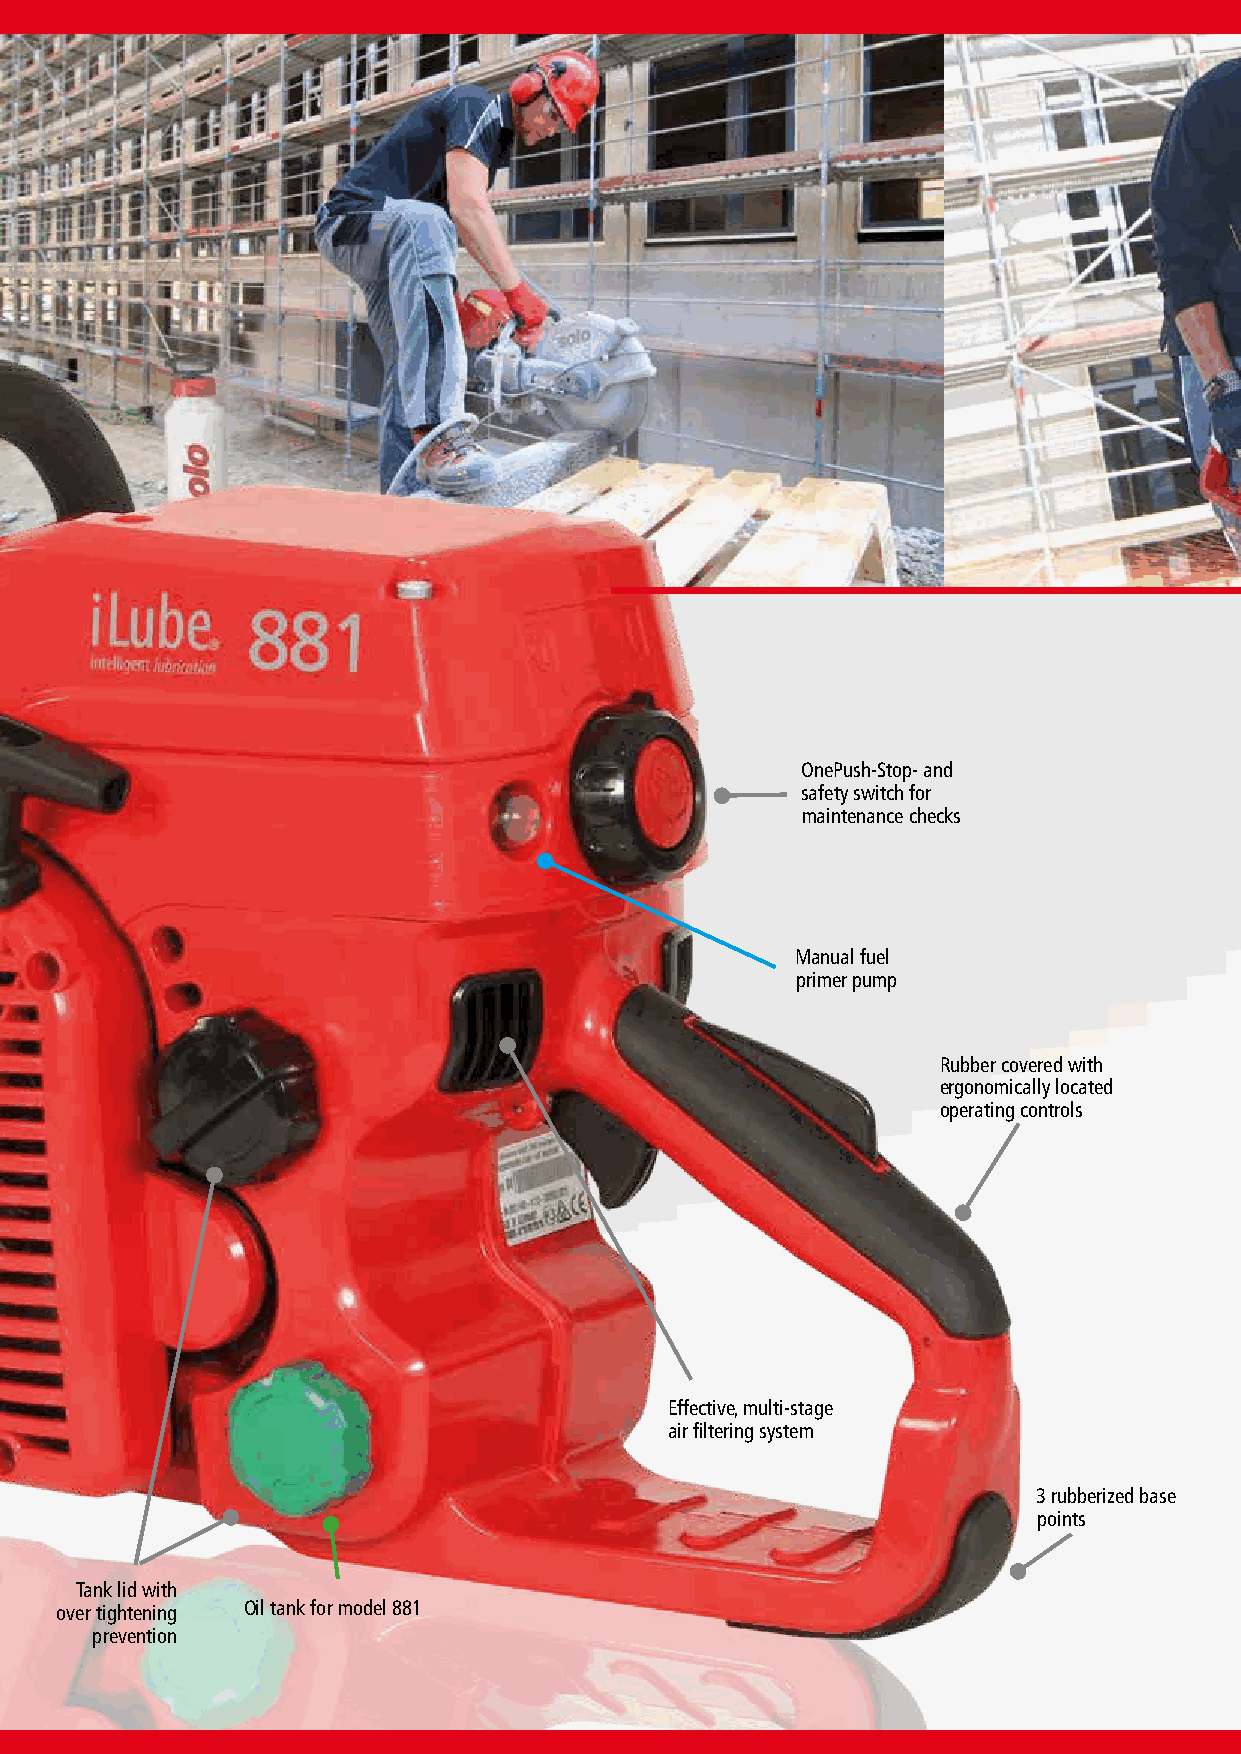
OnePush-Stop- and
 safety switch for
 maintenance checks
 Manual fuel
 primer pump
 Rubber covered with
 ergonomically located
 operating controls
 Effective, multi-stage
 air filtering system
 3 rubberized base
 points
 Tank lid with
 over tightening Oil tank for model 881
 prevention